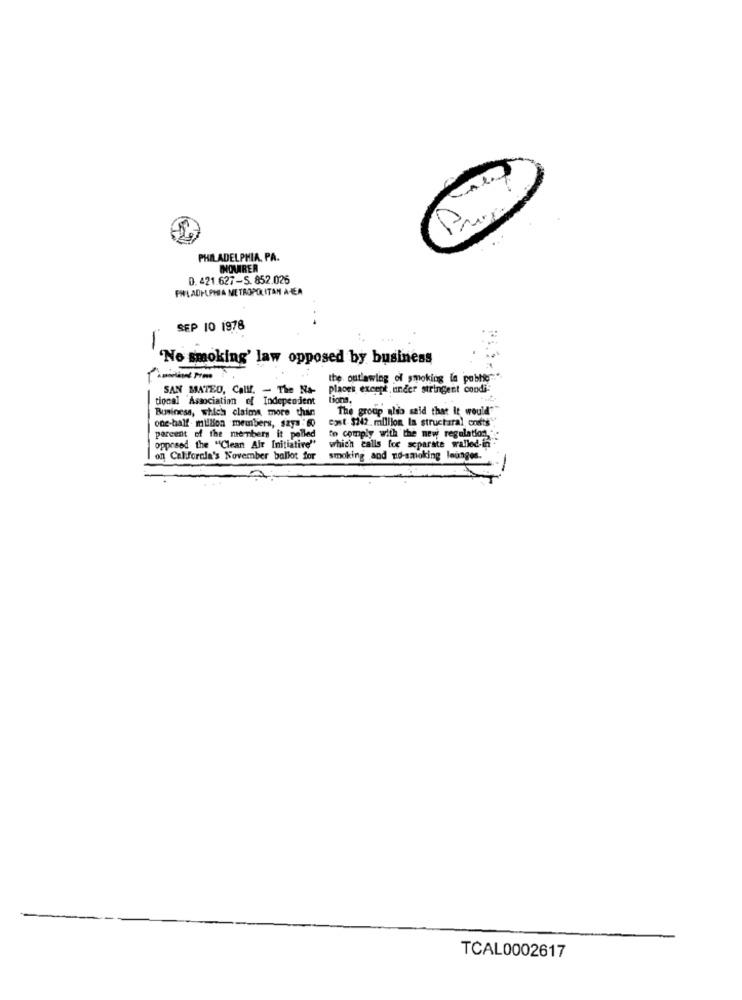
PHILADELPHIA, PA.
INQUIRER
0. 421.627-S. 852.026
PHILADELPHIA METROPOLITAN AREA
SEP 10 1978
'No smoking' law opposed by business
the outlawing of smoking la poblie".".
SAN MATEO, Calif. - The Na
places except, under stringent condi
tional 'Association of Independent
lions.
Business, which claims more than
The group ghio said that It would""
cost $242 million, la structural, costs"
one-half - million members, says :60
to comply with the new regulations
porcent of the members it pelled
opposed the "Clean Air Initiative"
which calls for separate walled-in
on California's November ballot for
smoking and no-smoking lounges.
TCAL0002617